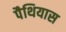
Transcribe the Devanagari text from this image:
पैथियास